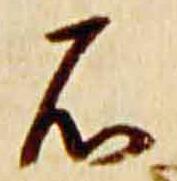
石